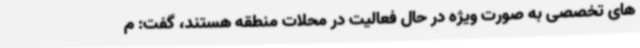
های تخصصی به صورت ویژه در حال فعالیت در محلات منطقه هستند، گفت: م